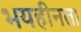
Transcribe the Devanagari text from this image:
भयहीनता